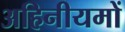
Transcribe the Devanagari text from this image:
अहिनीयमों